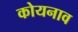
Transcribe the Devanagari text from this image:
कोयनाव